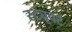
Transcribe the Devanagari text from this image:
स्ट्यूवर्ट